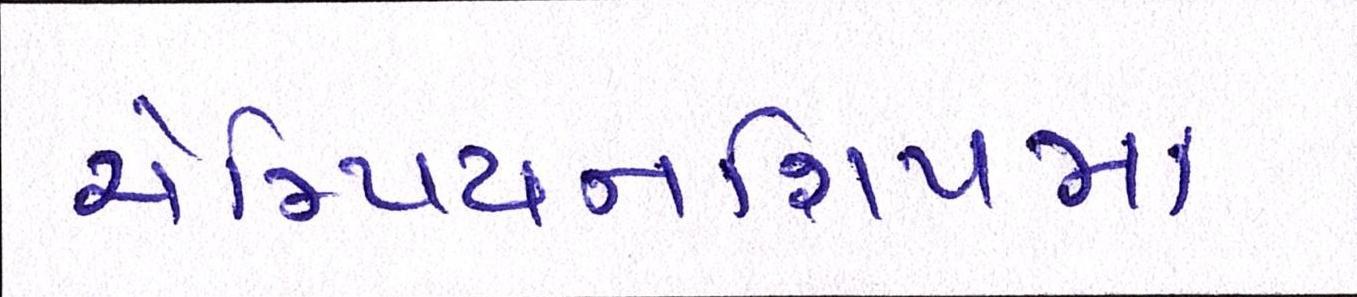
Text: ચેમ્પિયનશિપમાં